Leaving Certificate Examination (including Day School Certificate (Higher) General paper), 1928
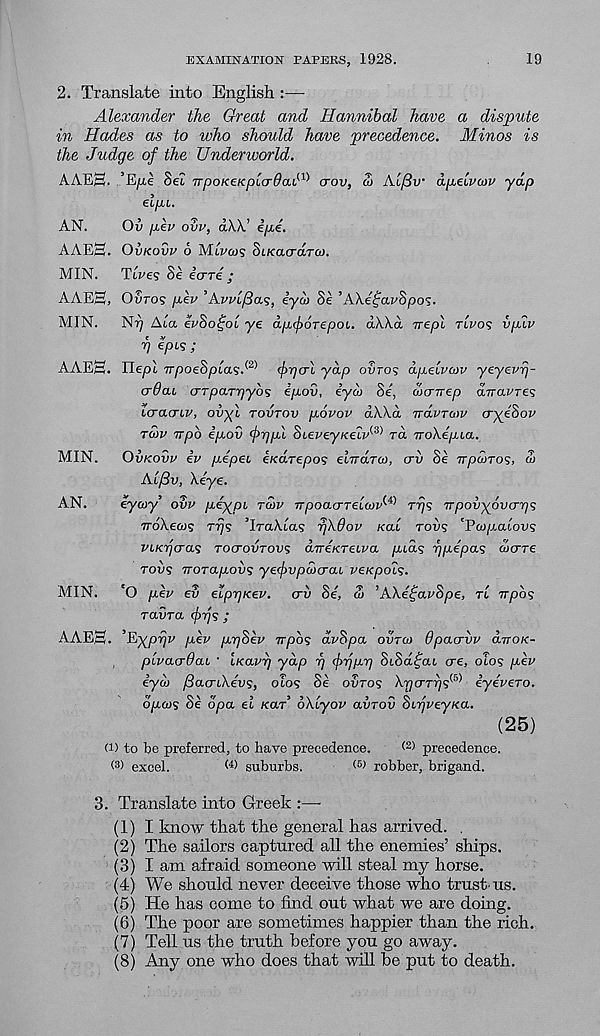
EXAMINATION PAPERS, 1928.
19
2. Translate into English :—
Alexander the Great and Hannibal have a dispute
in Hades as to who should have precedence. Minos is
the Judge of the Underworld.
AAE3. ’E/ie Set npoKeKplcrdai^ crov, Si Alfiv dpuelvun' yap
elpu.
AN.
OP pev ovv, dW’ ipe.
AAE0. OVKOVV 6 MIPOI? SiKacnxTco.
MIN.
Tipes Se icrre ;
AAE3, Ouro? pev ’Avvlfias, iyd> Se ’AXe^avSpos.
MIN.
Nr) Ala ev8o£ol ye apforepcn. dWd rrepl TIVOS vpiv
r) epis ;
AAES. Ilepl TTpoe8pla<zS® frjcrl yap OPTO? dpelviov yeyevrj-
crdaL crTpaTriyb<s ipov, iya> Se, wcrnep dnavres
icracru', ovyl TOVTOV povov aXka rrdvTMV (rye8ov
TS>V -irpb ipov (prjpl SteveyKeiv^ rd rrohepia.
MIN.
OVKOVV iv pepei eKarepos elnarai, CTP Se npcvTO';, S>
Al/3v, Xeye.
AN.
eyoiy ovv piypi TOW TrpoacrTelwv^ rrp Trpovyovcrr)^
TroXeai? Trjs TraXta? rjXdov Kal TOVS 'Pw/xatops
VLKfcras TOCTOVTOVS dneKTeiva pidg rjpepas coerre
TOPS Trorayxops yefvpaxrai, peKpots.
MIN.
'O pev ev elprjKev. crii Se, 3> ’AXei;av8pe, TL npos
ravra drjs ;
AAEH. ’E)(prjv pev prjSev Trpos dvSpa OVTCO Opaervv drroK-
plvacrOai ' iKavr) yap f) frjprj SiSd^au ere, oTos pev
iyco ySacrtXeps, olos Se OPTOS X-pcrTps® iyevero.
opws Se opa el /car’ oXlyov avrov SerjveyKa.
(25)
(i) to be preferred, to have precedence.
® precedence.
< 3 > excel.
(4) suburbs.
® robber, brigand.
3. Translate into Greek :—
(1) I know that the general has arrived. .
(2) The sailors captured all the enemies’ ships.
(3) I am afraid someone will steal my horse.
(4) We should never deceive those who trust'us.
(5) He has come to find out what we are doing.
(6) The poor are sometimes happier than the rich.
(7) Tell us the truth before you go away.
(8) Any one who does that will he put to death.